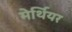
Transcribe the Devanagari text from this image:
मेर्थियर